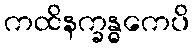
ကထိနက္ခန္ဓကေပိ